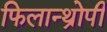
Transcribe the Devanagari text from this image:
फिलान्थ्रोपी